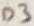
Text: D3